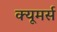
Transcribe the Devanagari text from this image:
क्यूमर्स